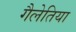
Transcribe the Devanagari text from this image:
गैलेतिया